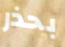
بحذر